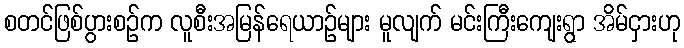
စတင်ဖြစ်ပွားစဉ်က လူစီးအမြန်ရေယာဉ်များ မူလျက် မင်းကြီးကျေးရွာ အိမ်ငှားဟု